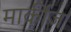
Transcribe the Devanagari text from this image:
मार्कीज